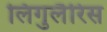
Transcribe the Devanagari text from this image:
लिगुलैरिस